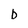
Character: b